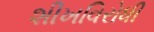
શીખવિરોધી